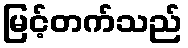
မြင့်တက်သည်